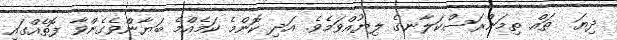
ދިޔަ  ތައް ތިމަންރަސްކަލާނގެ ލިޔުއްވަމެވެ. އަދި ކޮންމެ ކަމެއްމެ ބަޔާންވެގެންވާ ފޮތެއްގައި